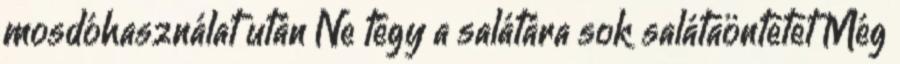
mosdóhasználat után Ne tégy a salátára sok salátaöntetet Még